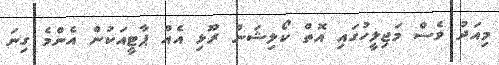
މިއަދު ވެސް މަޖިލީހުގައި އޮތް ކޯލިޝަން ރޫޅި އެއް ޕާޓީއަކުން އެންމެ ގިނަ